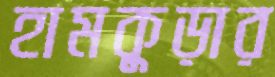
হামকুড়ার